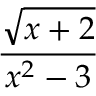
\frac { \sqrt { x + 2 } } { x ^ { 2 } - 3 }